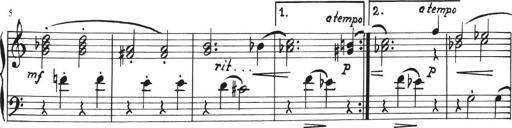
Title: Sonatina in E major
Composer: Paul von Klenau
Key: E major